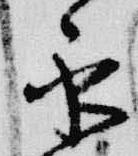
永